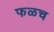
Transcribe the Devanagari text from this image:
फळच